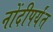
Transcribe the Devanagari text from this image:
नोंदीपर्यंत